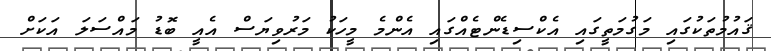
ޤައުމުތަކުގައި މަގުމަތީގައި އެކްސިޑެންޓެއްގައި އެންމެ މީހަކު މަރުވިޔަސް އެއީ ބޮޑު މައްސަލަ އަކަށް